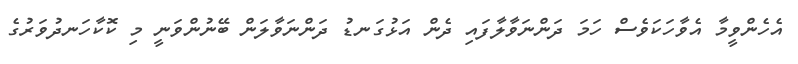
އެހެންވީމާ އެވާހަކަވެސް ހަމަ ދަންނަވާލާފައި ދެން އަޅުގަނޑު ދަންނަވާލަން ބޭނުންވަނީ މި ކޮކާހަނދުވަރުގެ